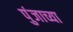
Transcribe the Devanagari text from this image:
पुंजाच्या